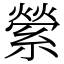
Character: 縈